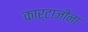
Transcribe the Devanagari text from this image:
कार्टाजीना